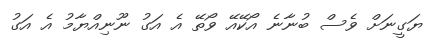
ޔަގީނަށް ވެސް ބުނާނެ އޯކޭއޭ ވޯތޭ އެ އަގު ނޫނިއްޔާމު އެ އަގު